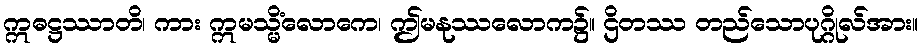
ဣဓဋ္ဌဿာတိ၊ ကား ဣမသ္မိံလောကေ၊ ဤမနုဿလောက၌။ ဌိတဿ တည်သောပုဂ္ဂိုလ်အား။